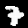
Digit: 7